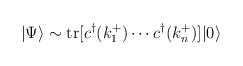
\begin{align*} |\Psi\rangle \sim \mbox{tr}[c^{\dagger}(k^+_1) \cdots c^{\dagger}(k_n^+)]|0\rangle\end{align*}